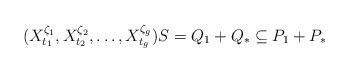
LaTeX: \begin{align*}(X_{t_1}^{\zeta_1},X_{t_2}^{\zeta_2},\dots,X_{t_{g}}^{\zeta_{g}})S=Q_1+Q_*\subseteq P_1+P_*\qquad\end{align*}